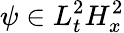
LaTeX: \psi\in L_{t}^{2}H_{x}^{2}